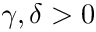
\gamma , \delta > 0